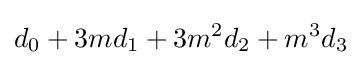
d_{0}+3md_{1}+3m^{2}d_{2}+m^{3}d_{3}